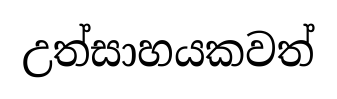
උත්සාහයකවත්